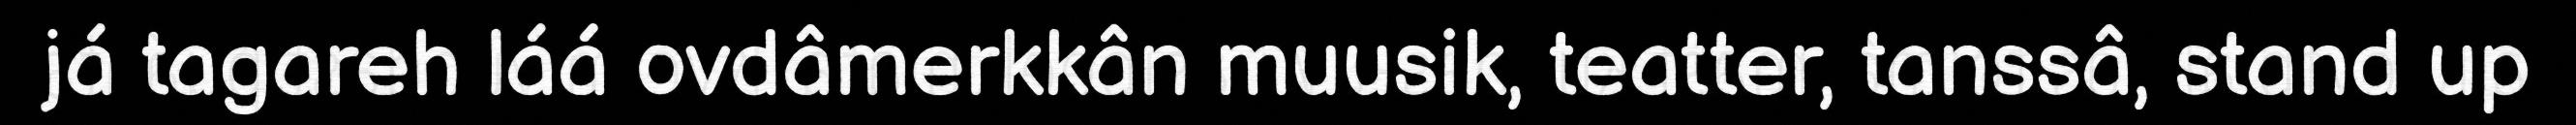
já tagareh láá ovdâmerkkân muusik, teatter, tanssâ, stand up